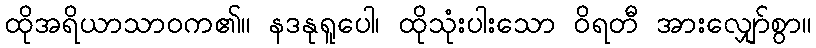
ထိုအရိယာသာဝက၏။ နဒနုရူပေါ၊ ထိုသုံးပါးသော ဝိရတီ အားလျှော်စွာ။